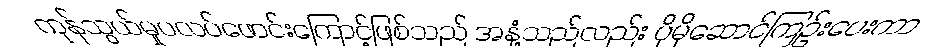
ကုန်သွယ်မှုပလပ်ဖောင်းကြောင့်ဖြစ်သည် အနံ့သည်လည်း ပိုမိုဆောင်ကြဉ်းပေးကာ